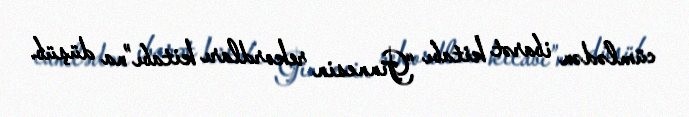
cümlədən ibarət kitabı “Ginnesin rekordları kitabı”na düşüb.